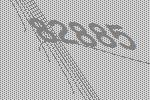
82885